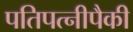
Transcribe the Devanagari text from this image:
पतिपत्‍नीपैकी